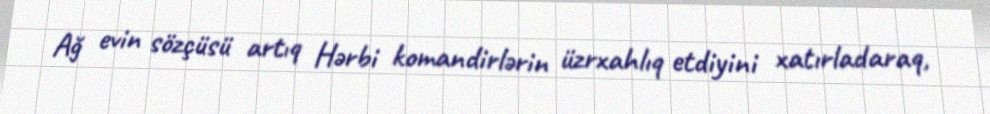
Ağ evin sözçüsü artıq Hərbi komandirlərin üzrxahlıq etdiyini xatırladaraq,